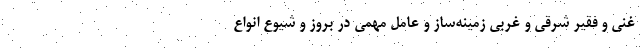
غنی و فقیر شرقی و غربی زمینه‌ساز و عامل مهمی در بروز و شیوع انواع